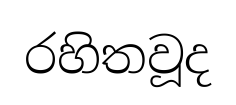
රහිතවූද